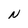
Character: N